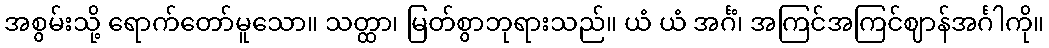
အစွမ်းသို့ ရောက်တော်မူသော။ သတ္ထာ၊ မြတ်စွာဘုရားသည်။ ယံ ယံ အင်္ဂံ၊ အကြင်အကြင်ဈာန်အင်္ဂါကို။